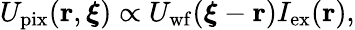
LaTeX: \begin{array}{r}{U_{\mathrm{pix}}(\mathbf{r},\boldsymbol{\xi})\propto U_{\mathrm{wf}}(\boldsymbol{\xi}-\mathbf{r})I_{\mathrm{ex}}(\mathbf{r}),}\end{array}